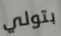
بتولي